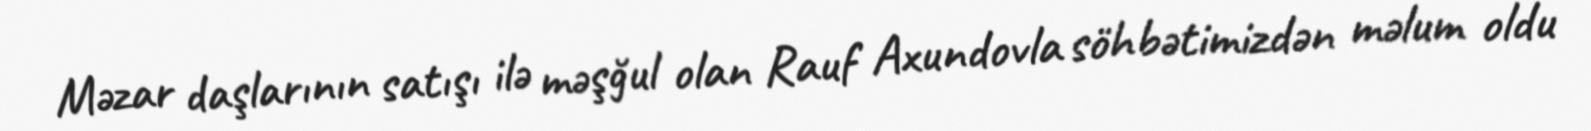
Məzar daşlarının satışı ilə məşğul olan Rauf Axundovla söhbətimizdən məlum oldu